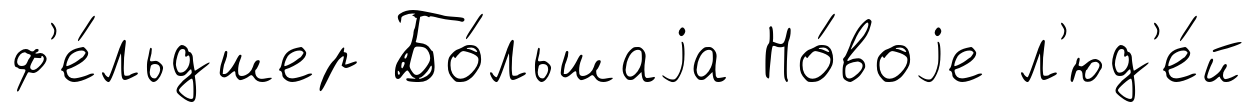
ф'е́льдшер Бо́льшаjа Но́воjе л'юд'е́й